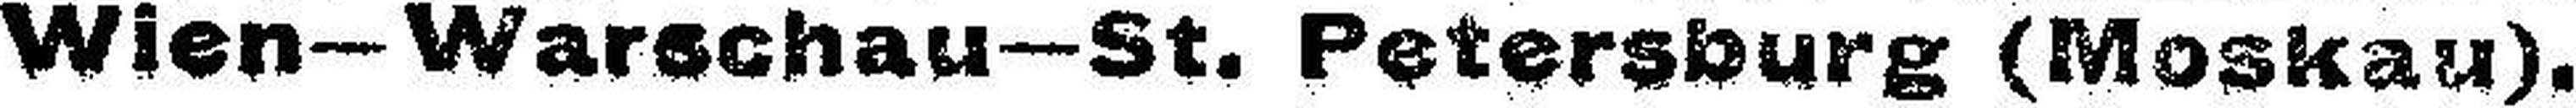
Wien—Warschau—St. Petersburg (Moskau).